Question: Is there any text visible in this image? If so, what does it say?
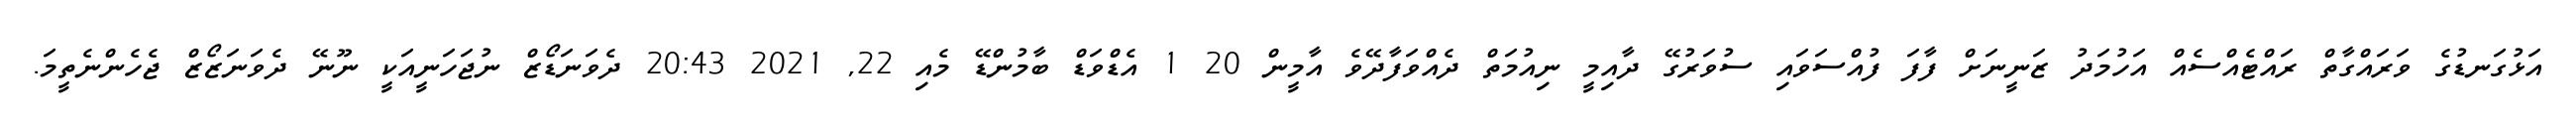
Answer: އަޅުގަނޑުގެ ވަރައްގާތް ރައްޓެއްސެއް އަހުމަދު ޒަނީނަށް ފާފަ ފުއްސަވައި ސުވަރުގޭ ދާއިމީ ނިއުމަތް ދެއްވަފާދޭވެ އާމީން 20 1 އެޑްވަޑް ބާމުންޑޭ މެއި 22, 2021 20:43 ދެވަނަޑޯޒް ނުޖަހަނީއަކީ ނޫނޭ ދެވަނަޒޯޒް ޖެހެންނެތީމަ.